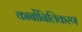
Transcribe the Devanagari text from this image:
कार्बोनिलिकरण